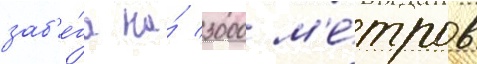
заб'е́га на́ 3000 м'е́тров